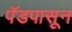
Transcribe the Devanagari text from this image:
पॅडपासून